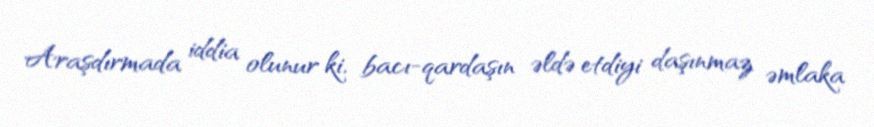
Araşdırmada iddia olunur ki, bacı-qardaşın əldə etdiyi daşınmaz əmlaka